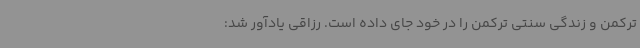
ترکمن و زندگی سنتی ترکمن را در خود جای داده است. رزاقی یادآور شد: